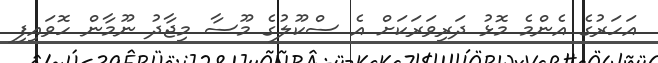
އަހަރުގެ އެންމެ މޮޅު ދަރިވަރަކަށް އެ ސްކޫލުގެ މޫސާ މިޖާދު ނޫމާން ހޮވައިފި